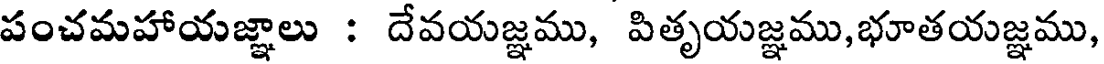
పంచమహాయజ్ఞాలు : దేవయజ్ఞము, పితృయజ్ఞము,భూతయజ్ఞము,